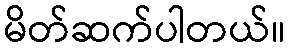
မိတ်ဆက်ပါတယ်။